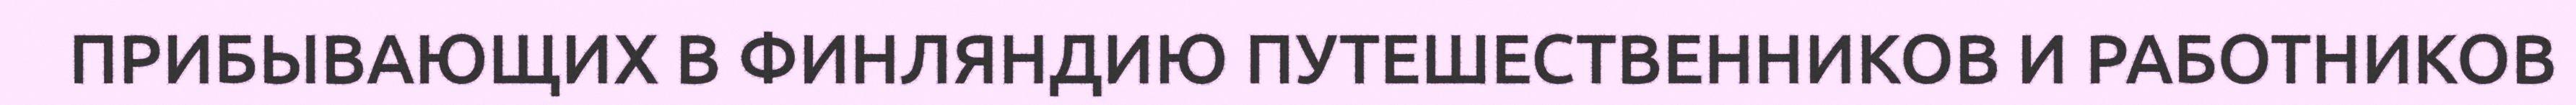
ПРИБЫВАЮЩИХ В ФИНЛЯНДИЮ ПУТЕШЕСТВЕННИКОВ И РАБОТНИКОВ